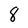
Character: 8